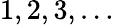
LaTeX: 1,2,3,\ldots